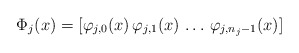
\begin{align*}\Phi_j(x) = [\varphi_{j,0}(x) \, \varphi_{j,1}(x) \, \ldots\,\varphi_{j,n_j-1}(x)]\end{align*}